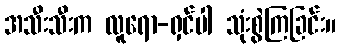
အသီးသီးက လူရော-ရှင်ပါ သုံးစွဲကြခြင်း။